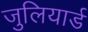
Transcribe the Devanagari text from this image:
जुलियार्ड